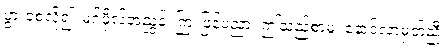
ပွားစေလို၍၊ မဂ်ဖိုလ်အညွန့်၊ ကြဲးဖြန့်ပညာ၊ ဤသည့်စာမူ၊ နောင်လာမှတ်ညီ၊